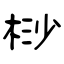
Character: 桫